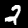
Label: 2